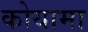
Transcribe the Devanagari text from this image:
कोयामा